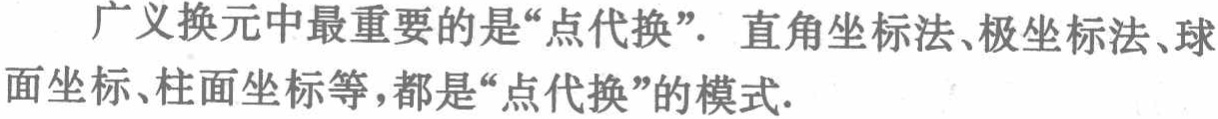
广义换元中最重要的是“点代换”. 直角坐标法、极坐标法、球面坐标、柱面坐标等，都是“点代换”的模式.